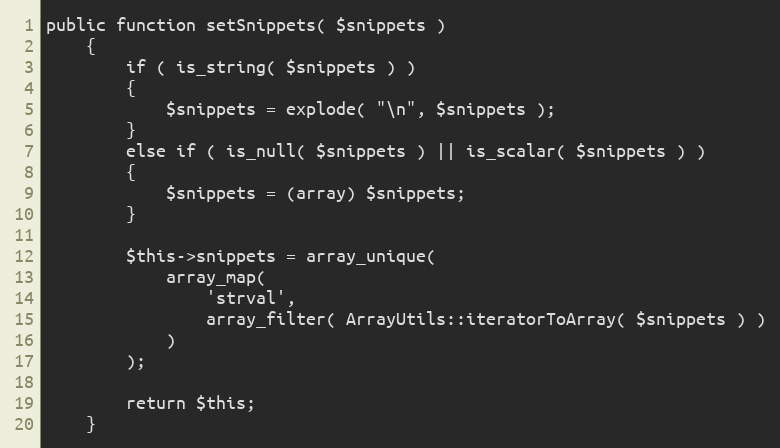
Language: PHP
public function setSnippets( $snippets )
    {
        if ( is_string( $snippets ) )
        {
            $snippets = explode( "\n", $snippets );
        }
        else if ( is_null( $snippets ) || is_scalar( $snippets ) )
        {
            $snippets = (array) $snippets;
        }

        $this->snippets = array_unique(
            array_map(
                'strval',
                array_filter( ArrayUtils::iteratorToArray( $snippets ) )
            )
        );

        return $this;
    }